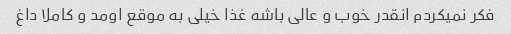
فکر نمیکردم انقدر خوب و عالی باشه غذا خیلی به موقع اومد و کاملا داغ